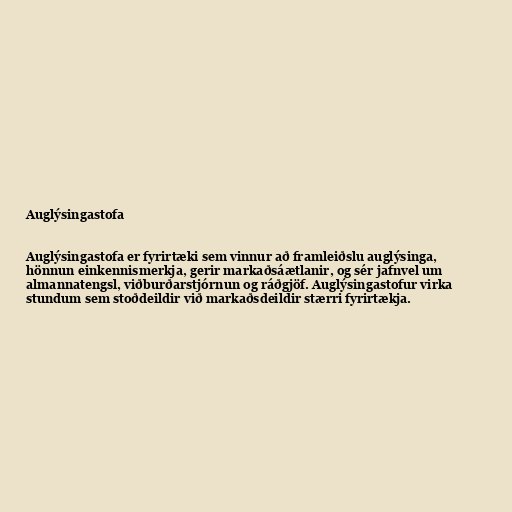
Auglýsingastofa

Auglýsingastofa er fyrirtæki sem vinnur að framleiðslu auglýsinga,
hönnun einkennismerkja, gerir markaðsáætlanir, og sér jafnvel um
almannatengsl, viðburðarstjórnun og ráðgjöf. Auglýsingastofur virka
stundum sem stoðdeildir við markaðsdeildir stærri fyrirtækja.